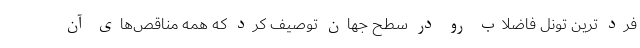
فرد ترین تونل فاضلاب رو در سطح جهان توصیف کرد که همه مناقص‌های آن